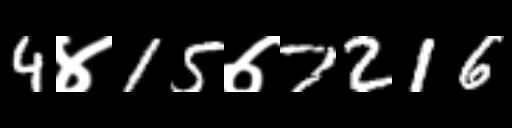
Text: 4४15७7216